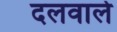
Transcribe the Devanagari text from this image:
दलवाले